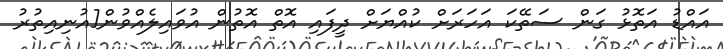
އައްޑު އަތޮޅު ގަން ސަތޭކަ އަހަރަށް ކުއްޔަށް ދީފައި އޮތް އޮތުން އުވައިލެއްވުން[އުނިއިތުރު